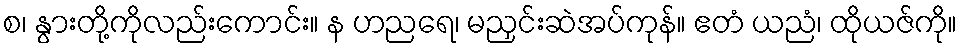
စ၊ နွားတို့ကိုလည်းကောင်း။ န ဟညရေ၊ မညှင်းဆဲအပ်ကုန်။ ဧတံ ယညံ၊ ထိုယဇ်ကို။